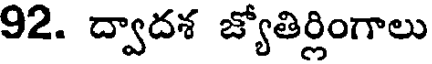
92. ద్వాదశ జ్యోతిర్లింగాలు